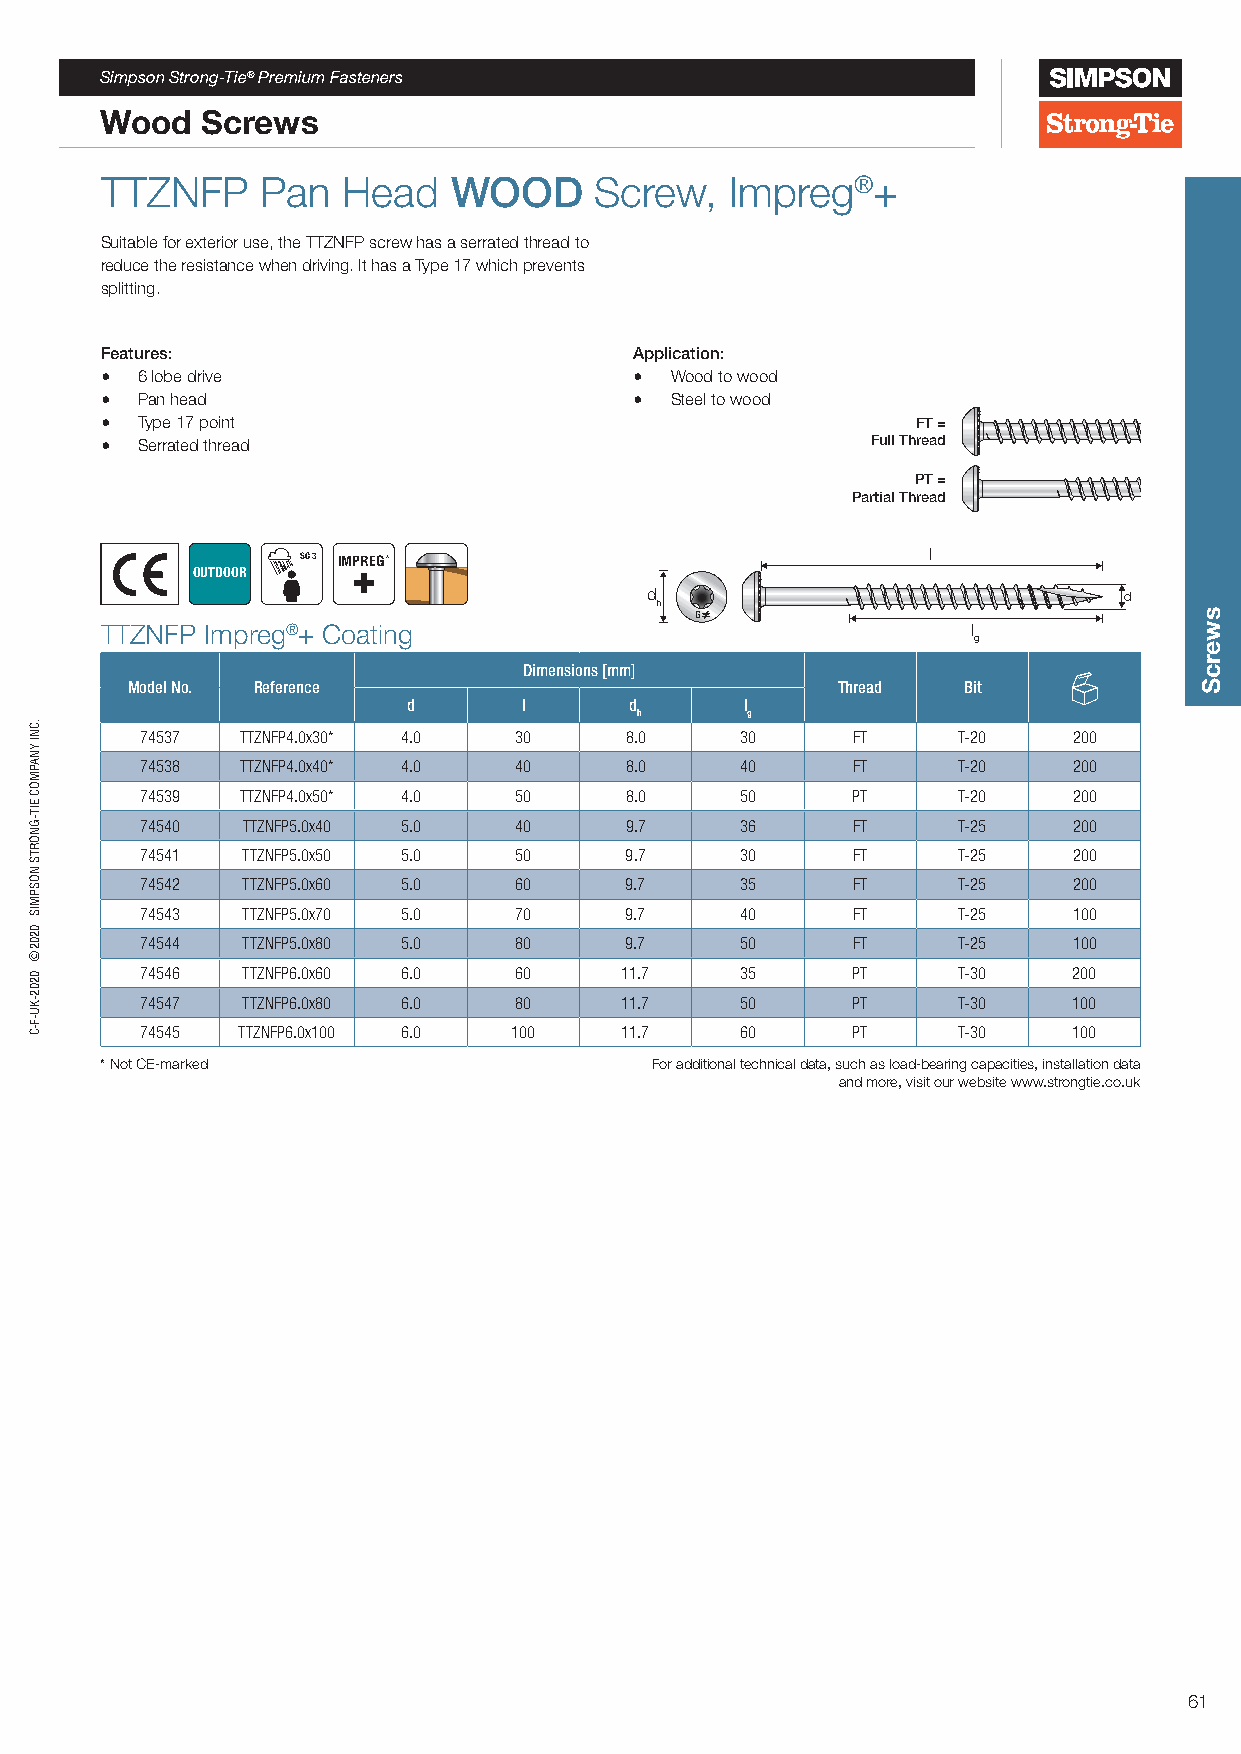
Simpson Strong-Tie® Premium Fasteners
 Wood  Screws
 TTZNFP    Pan   Head   WOOD     Screw,   Impreg®+
 Suitable for exterior use, the TTZNFP screw has a serrated thread to
 reduce the resistance when driving. It has a Type 17 which prevents
 splitting.
 Features:                          Application:
 • 6 lobe drive                     • Wood to wood
 • Pan head                         • Steel to wood
 • Type 17 point                                       FT =
 • Serrated thread                                  Full Thread
 G
 PT =
 Partial Thread
 G
 SC 3 IMPREG                              l
 OUTDOOR
 d                              d
 h
 G
 TTZNFP Impreg®+ Coating                                  l
 g
 Dimensions [mm]
 Model No. Reference                            Thread   Bit
 d       l      d      l
 h      g
 74537  TTZNFP4.0x30* 4.0 30     8.0     30     FT     T-20    200
 74538  TTZNFP4.0x40* 4.0 40     8.0     40     FT     T-20    200
 74539  TTZNFP4.0x50* 4.0 50     8.0     50     PT     T-20    200
 74540  TTZNFP5.0x40 5.0  40     9.7     36     FT     T-25    200
 74541  TTZNFP5.0x50 5.0  50     9.7     30     FT     T-25    200
 74542  TTZNFP5.0x60 5.0  60     9.7     35     FT     T-25    200
 74543  TTZNFP5.0x70 5.0  70     9.7     40     FT     T-25    100
 74544  TTZNFP5.0x80 5.0  80     9.7     50     FT     T-25    100
 74546  TTZNFP6.0x60 6.0  60     11.7    35     PT     T-30    200
 74547  TTZNFP6.0x80 6.0  80     11.7    50     PT     T-30    100
 74545  TTZNFP6.0x100 6.0 100    11.7    60     PT     T-30    100
 * Not CE-marked                     For additional technical data, such as load-bearing capacities, installation data
 and more, visit our website www.strongtie.co.uk
 61
 .CNI
 YNAPMOC
 EIT-GNORTS
 NOSPMIS
 0202©
 0202-KU-F-C
 swercS